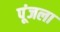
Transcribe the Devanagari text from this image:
पूंजला